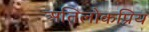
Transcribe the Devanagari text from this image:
अतिलोकप्रिय